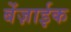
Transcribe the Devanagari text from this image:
बेंज़ाईक